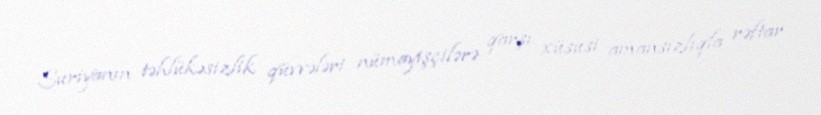
Suriyanın təhlükəsizlik qüvvələri nümayişçilərə qarşı xüsusi amansızlıqla rəftar